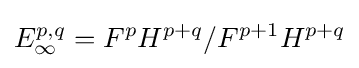
E_{\infty }^{p,q}=F^{p}H^{p+q}/F^{p+1}H^{p+q}